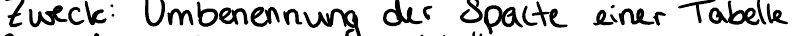
Zweck: Umbenennung der Spalte einer Tabelle